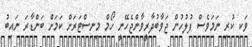
ވަކި ކުރި ނަމަވެސް ފުލުހުން ޖަވާބުދާރީވާންޖެހޭނީ ހޯމް މިނިސްޓަރަށް ކަމަށް ބަންޑާރަ ނައިބު